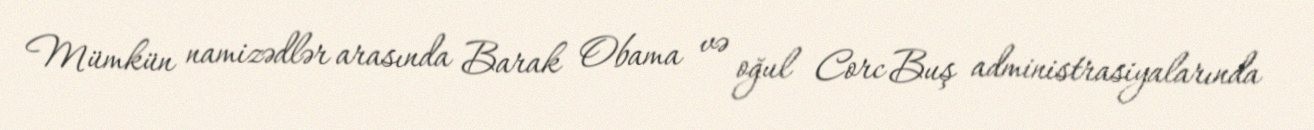
Mümkün namizədlər arasında Barak Obama və oğul Corc Buş administrasiyalarında